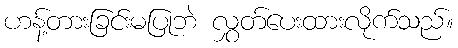
ဟန့်တားခြင်းမပြုဘဲ လွှတ်ပေးထားလိုက်သည်။